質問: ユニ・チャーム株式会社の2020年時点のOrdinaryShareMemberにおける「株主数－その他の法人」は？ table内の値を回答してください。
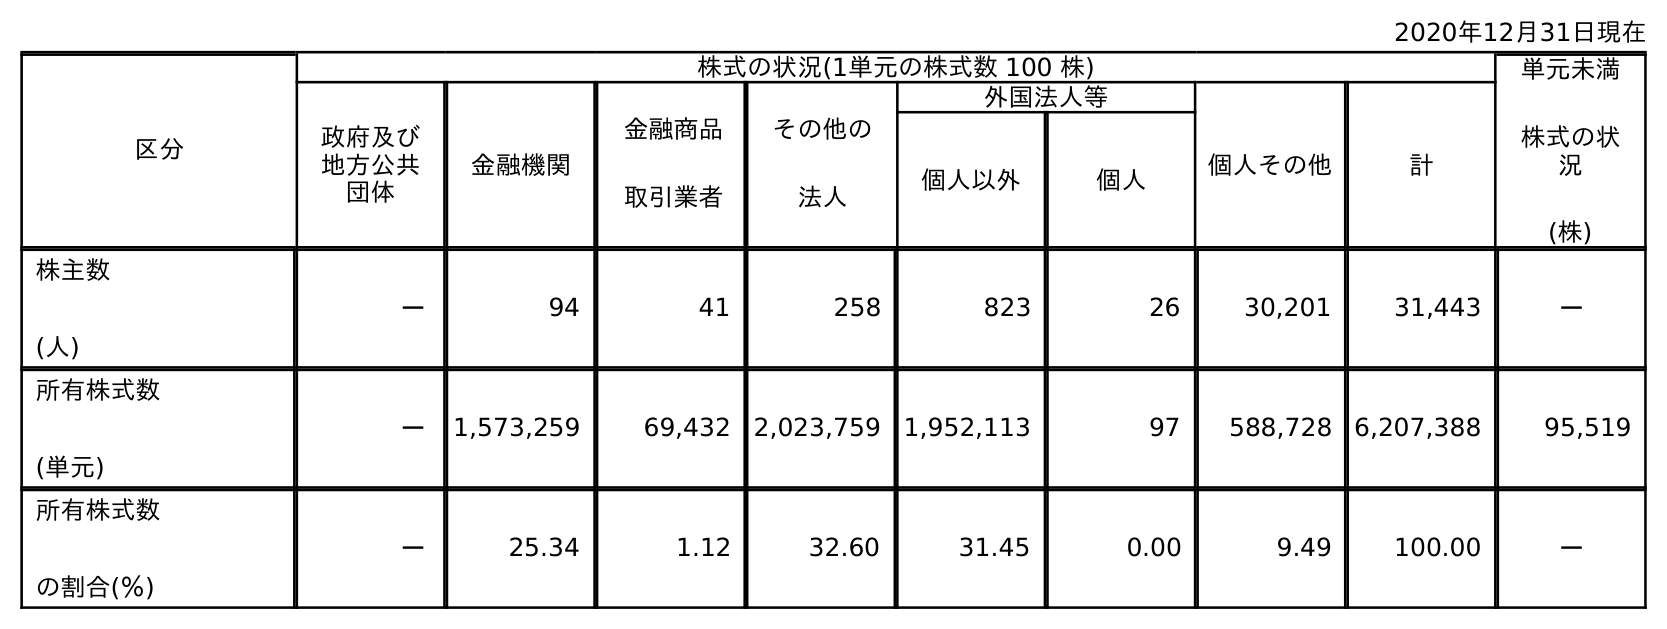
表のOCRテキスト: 2020年12月31日現在 区分 株式の状況(1単元の株式数 100 株) 単元未満 株式の状 況 (株) 政府及び 地方公共 団体 金融機関 金融商品 取引業者 その他の 法人 外国法人等 個人その他 計 個人以外 個人 株主数 (人) － 94 41 258 823 26 30,201 31,443 － 所有株式数 (単元) － 1,573,259 69,432 2,023,759 1,952,113 97 588,728 6,207,388 95,519 所有株式数 の割合(％) － 25.34 1.12 32.60 31.45 0.00 9.49 100.00 －
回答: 258